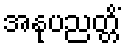
အနုပညတ္တိံ